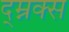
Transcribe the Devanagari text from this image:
द्म्नक्स